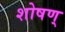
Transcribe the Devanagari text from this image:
शोषण्